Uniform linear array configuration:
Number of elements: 12
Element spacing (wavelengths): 1
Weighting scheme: uniform
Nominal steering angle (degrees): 60
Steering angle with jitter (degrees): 60.342
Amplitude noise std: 0.05
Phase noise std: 0.05

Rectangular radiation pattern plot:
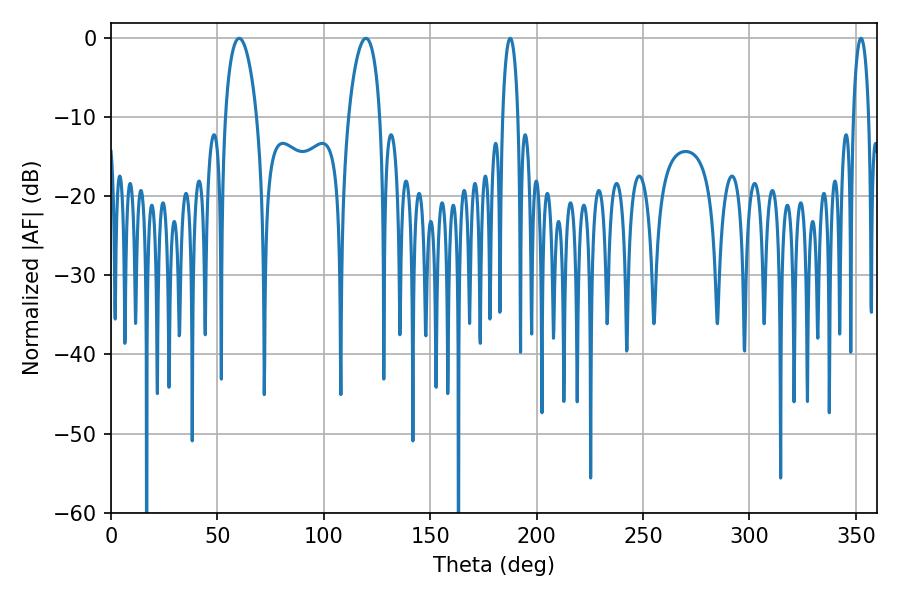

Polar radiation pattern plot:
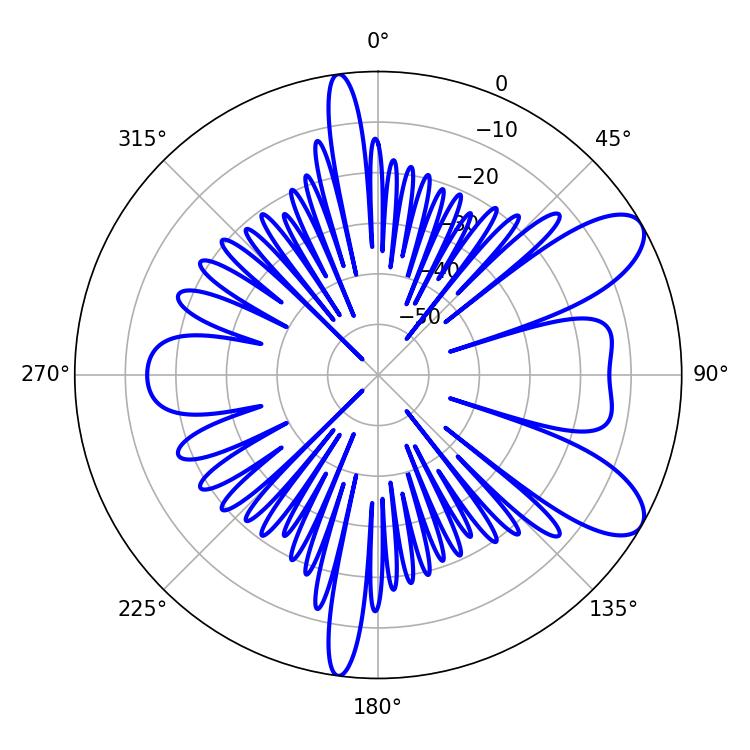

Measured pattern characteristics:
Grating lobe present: TRUE
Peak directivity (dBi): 8.907
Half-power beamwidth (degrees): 4.14
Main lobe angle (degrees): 352.44